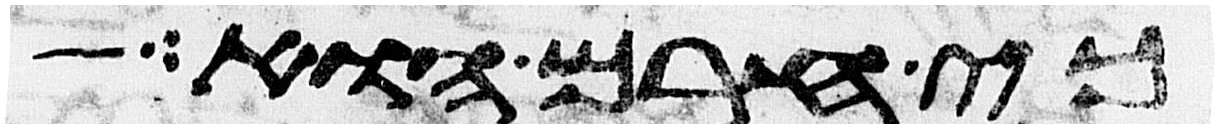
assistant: כי חרם הוא